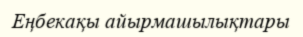
Еңбекақы айырмашылықтары